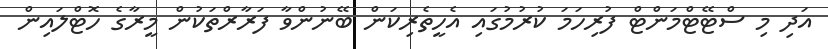
އަދި މި ސްޓޭޓްމަންޓް ފުރިހަމަ ކުރުމުގައި އެހީތެރިކަން ބޭނުންވާ ފަރާރްތަކުން މީރާގެ ހޮޓްލައިން